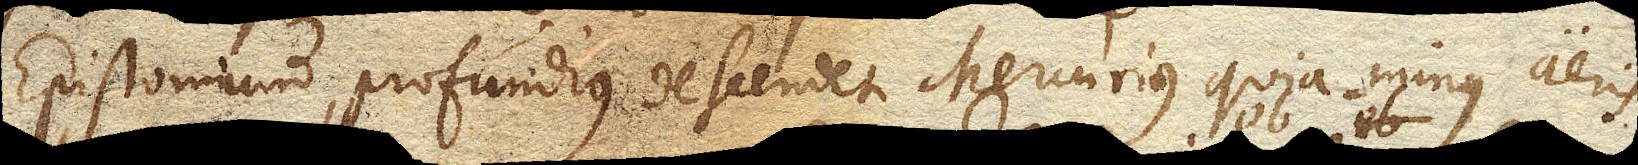
Epistomium, profundius descendet Mercurius quia minus aeris